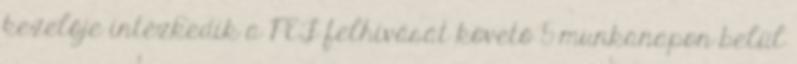
kezelője intézkedik a PEF felhívását követő 5 munkanapon belül